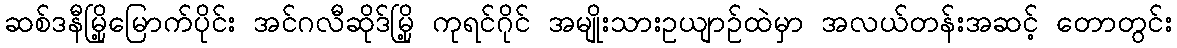
ဆစ်ဒနီမြို့မြောက်ပိုင်း အင်ဂလီဆိုဒ်မြို့ ကုရင်ဂိုင် အမျိုးသားဥယျာဉ်ထဲမှာ အလယ်တန်းအဆင့် တောတွင်း